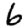
Digit: 6